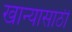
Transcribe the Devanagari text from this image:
खान्यासाठी